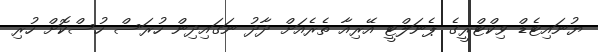
ޔުނައިޓެޑް ވިކްޓްރީގެ ޕެނަލްޓީ އޭރިއާ ތެރެއަށް ދާދު ނަގައިދިން ހުރަސް ހުސްކޮށް ހުރި